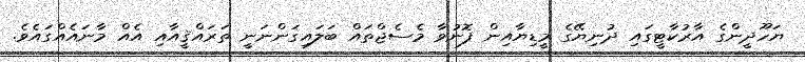
ޔަހޫދީންގެ އާރުކާޓީގައި ދުނިޔޭގެ މީޑިޔާއިން ފޮނުވާ މެސެޖްތައް ބަލައިގަންނަނީ ތަރައްޤީއާއި އެއް މާނައެއްގައެވެ.